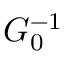
G _ { 0 } ^ { - 1 }